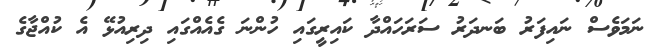
ނަމަވެސް ނައިފަރު ބަނދަރު ސަރަހައްދާ ކައިރީގައި ހުންނަ ގެއެއްގައި ދިރިއުޅޭ އެ ކުއްޖާގެ